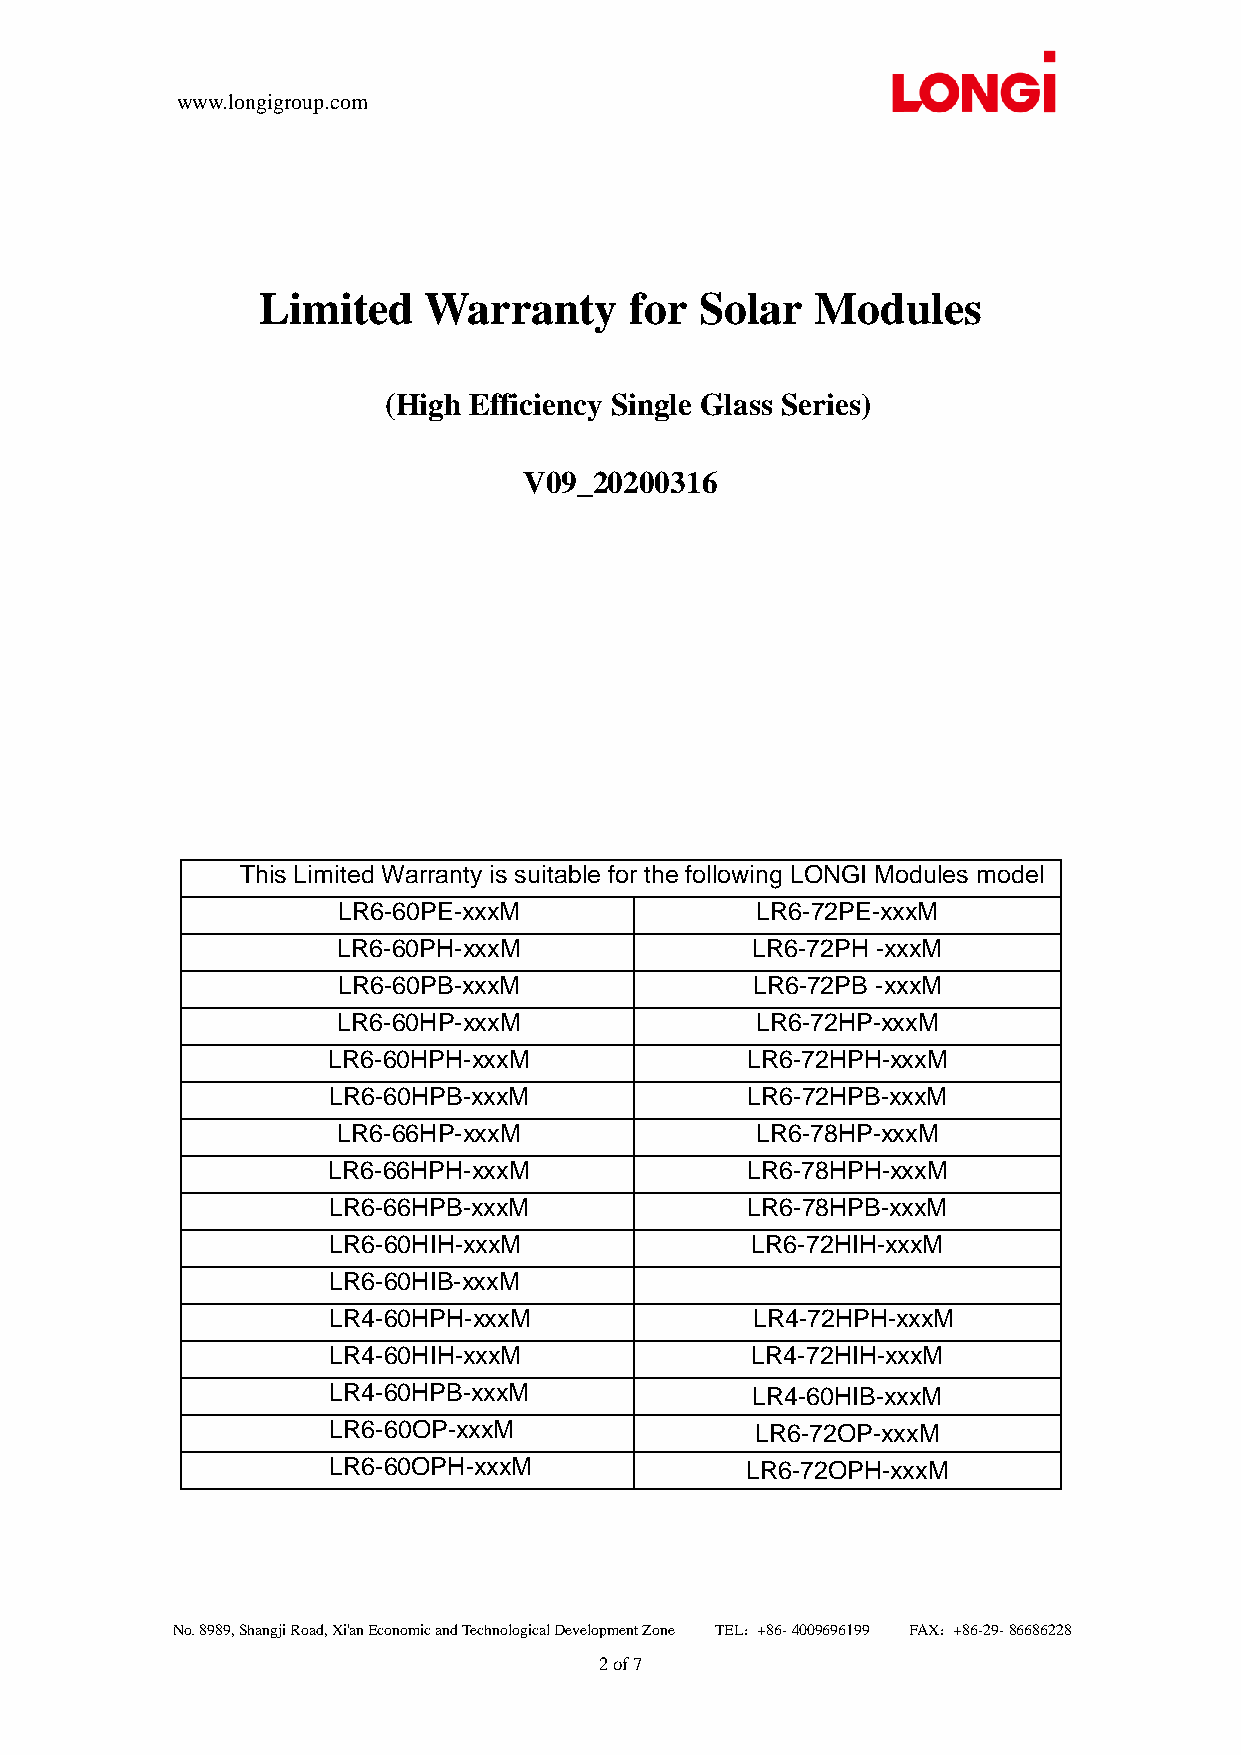
www.longigroup.com
 Limited    Warranty      for Solar   Modules
 (High Efficiency Single Glass Series)
 V09_20200316
 This Limited Warranty is suitable for the following LONGI Modules model
 LR6-60PE-xxxM               LR6-72PE-xxxM
 LR6-60PH-xxxM               LR6-72PH -xxxM
 LR6-60PB-xxxM               LR6-72PB -xxxM
 LR6-60HP-xxxM               LR6-72HP-xxxM
 LR6-60HPH-xxxM             LR6-72HPH-xxxM
 LR6-60HPB-xxxM             LR6-72HPB-xxxM
 LR6-66HP-xxxM               LR6-78HP-xxxM
 LR6-66HPH-xxxM             LR6-78HPH-xxxM
 LR6-66HPB-xxxM             LR6-78HPB-xxxM
 LR6-60HIH-xxxM              LR6-72HIH-xxxM
 LR6-60HIB-xxxM
 LR4-60HPH-xxxM              LR4-72HPH-xxxM
 LR4-60HIH-xxxM              LR4-72HIH-xxxM
 LR4-60HPB-xxxM              LR4-60HIB-xxxM
 LR6-60OP-xxxM               LR6-72OP-xxxM
 LR6-60OPH-xxxM             LR6-72OPH-xxxM
 No. 8989, Shangji Road, Xi'an Economic and Technological Developme nt Zone TEL：+86- 4009696199 FAX：+86-29- 86686228
 2 of 7